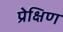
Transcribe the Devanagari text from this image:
प्रेक्षिण